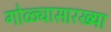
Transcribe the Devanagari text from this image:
गोळ्यासारख्या